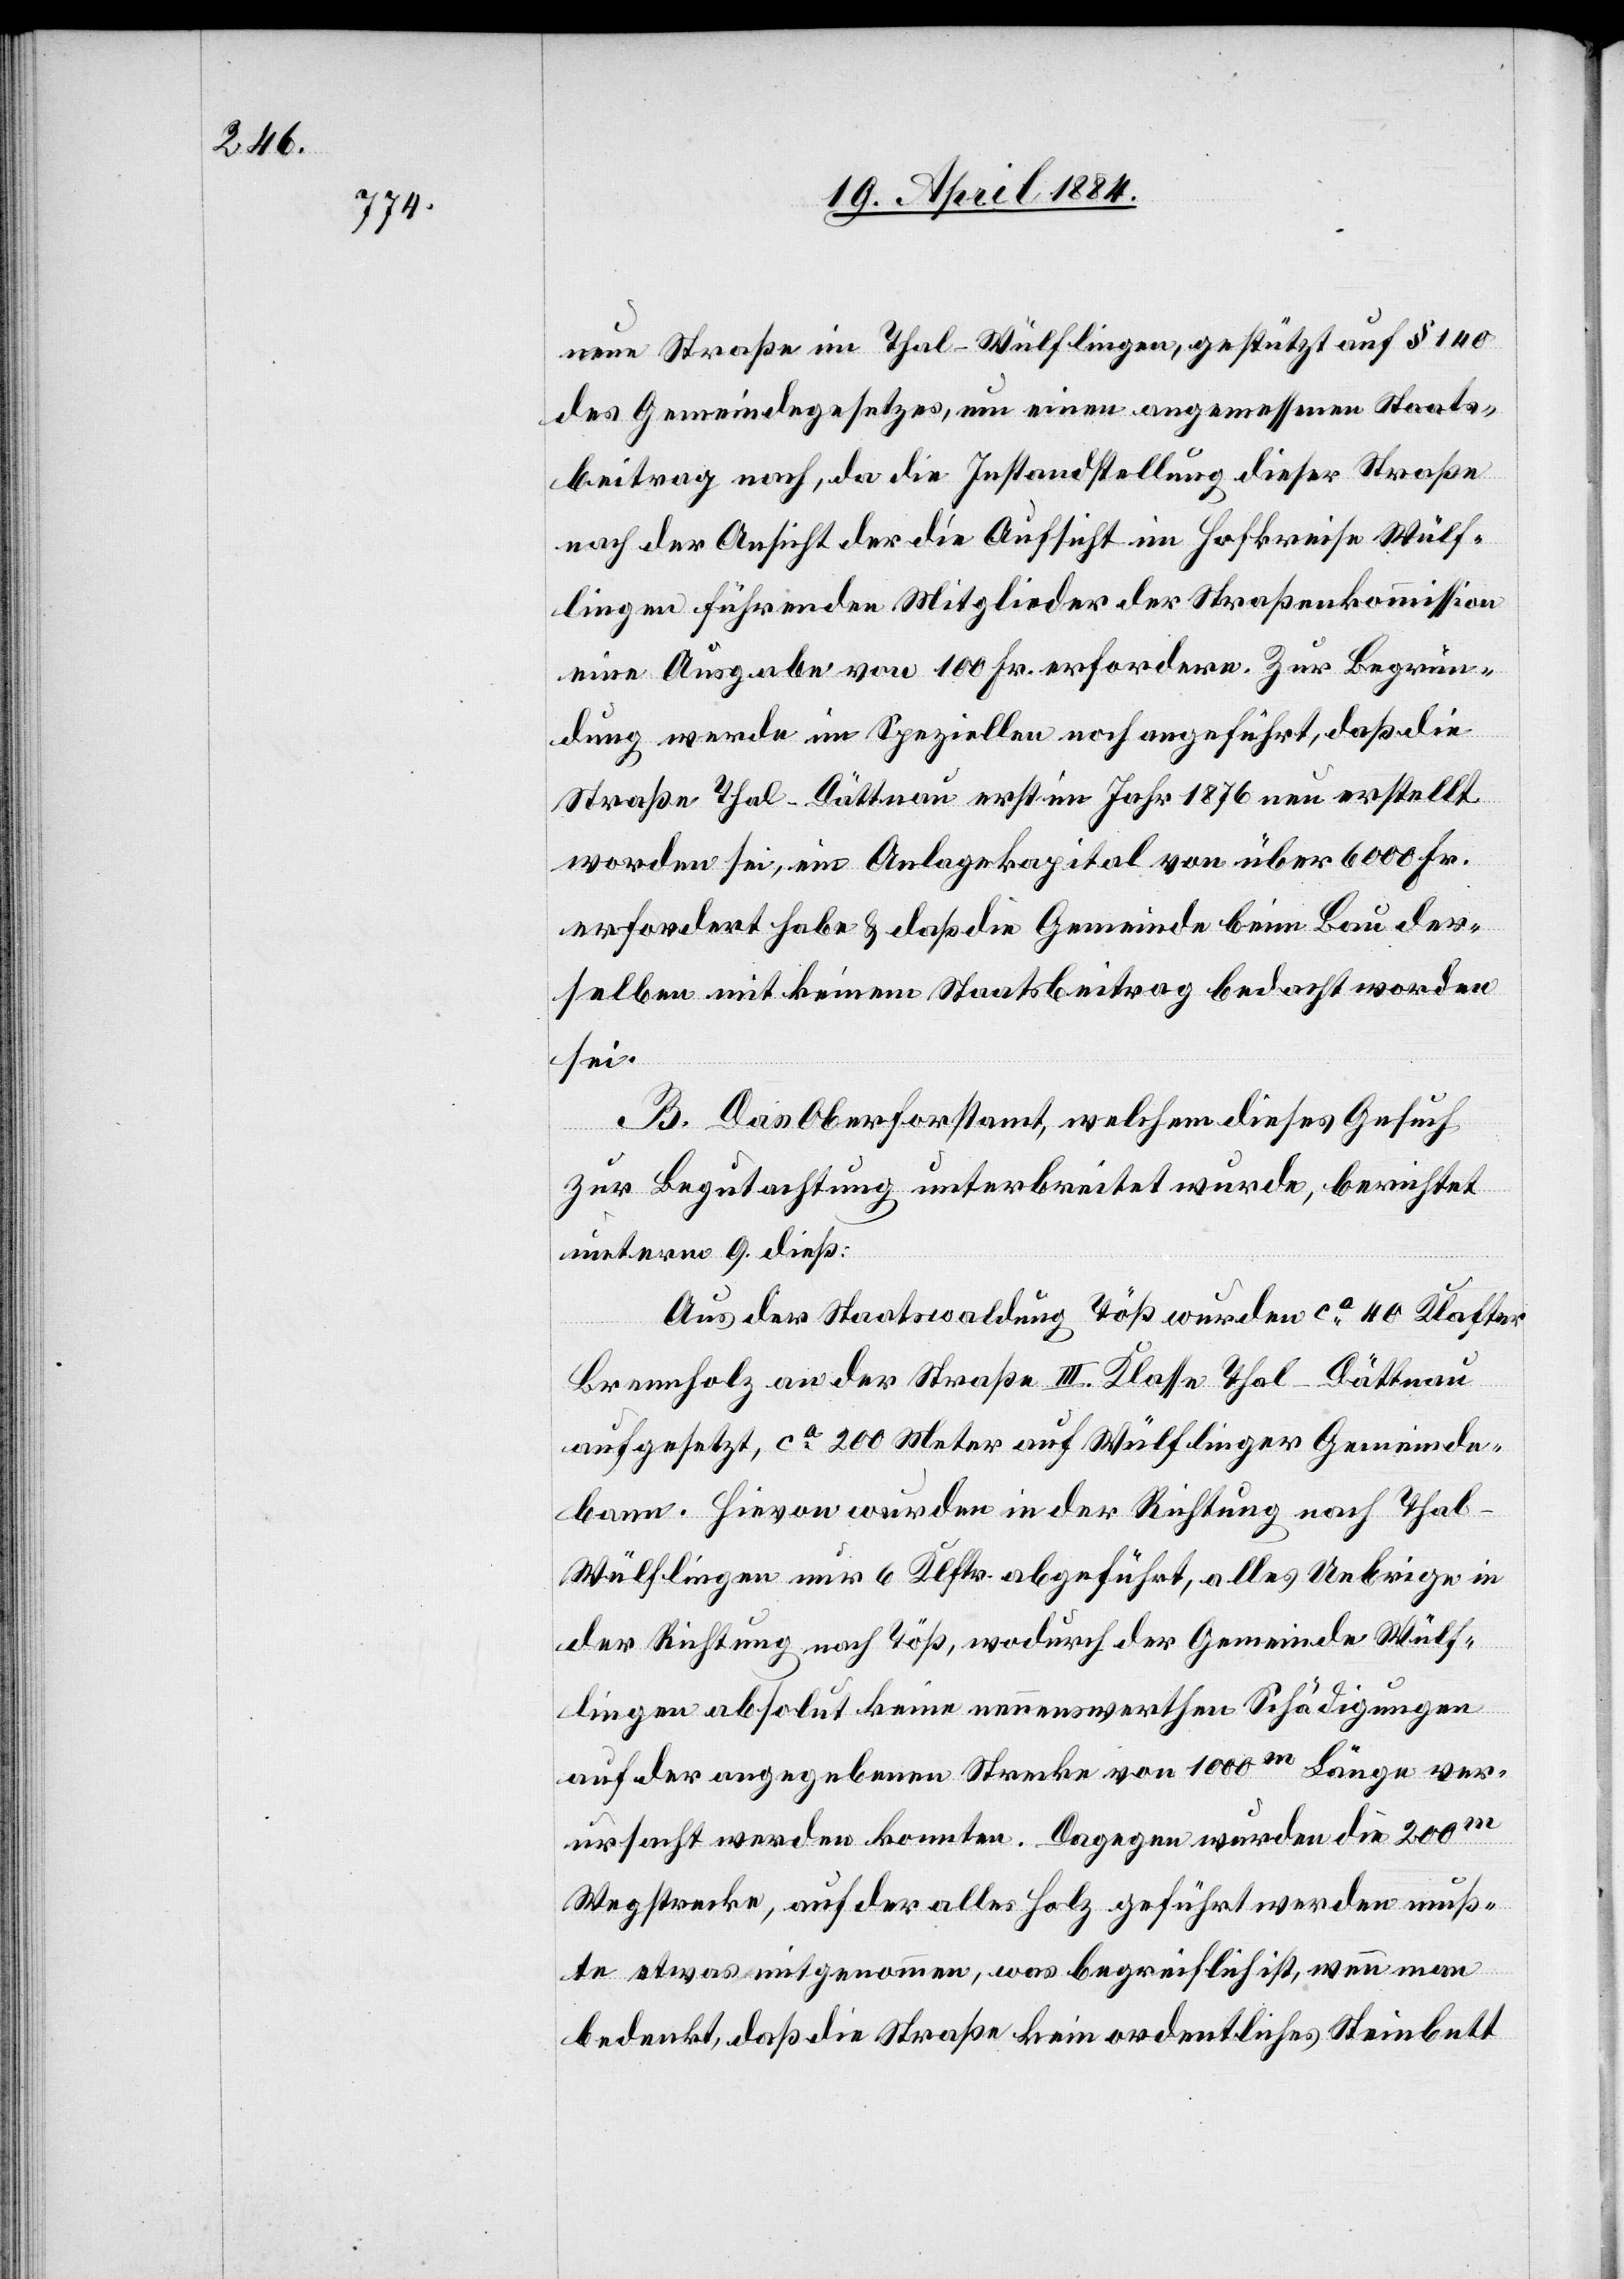
neue Straße im Thal - Wülflingen, gestützt auf § 140
des Gemeindegesetzes, um einen angemessenen Staats¬
beitrag nach, da die Instandstellung dieser Straße
nach der Ansicht der die Aufsicht im Hofkreise Wülf¬
lingen führenden Mitglieder der Straßenkommission
eine Ausgabe von 100 Fr. erfordere. Zur Begrün¬
dung werde im Speziellen noch angeführt, daß die
Straße Thal–Dättnau erst im Jahr 1876 neu erstellt
worden sei, ein Anlagekapital von über 6000 Fr.
erfordert habe & daß die Gemeinde beim Bau der¬
selben mit keinem Staatsbeitrag bedacht worden
sei.
B. Das Oberforstamt, welchem dieses Gesuch
zur Begutachtung unterbreitet wurde, berichtet
unterm 9. dieß:
Aus der Staatswaldung Töß wurden ca 40 Klafter
Brennholz an der Straße III. Klasse Thal–Dättnau
aufgesetzt, ca 200 Meter auf Wülflinger Gemeinde¬
bann. Hievon wurden in der Richtung nach Thal
Wülflingen nur 6 Klstr. abgeführt, alles Uebrige in
der Richtung nach Töß, wodurch der Gemeinde Wülf¬
lingen absolut keine nennenswerthen Schädigungen
auf der angegebenen Strecke von 1000m Länge ver¬
ursacht werden konnten. Dagegen wurden die 200m
Wegstrecke, auf der alles Holz geführt werden muß¬
te etwas mitgenommen, was begreiflich ist, wenn man
bedenkt, daß die Straße kein ordentliches Steinbett